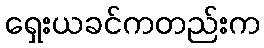
ရှေးယခင်ကတည်းက